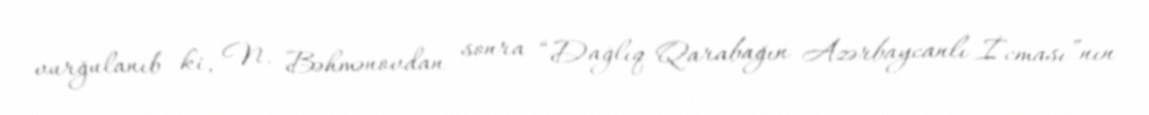
vurğulanıb ki, N. Bəhmənovdan sonra “Dağlıq Qarabağın Azərbaycanlı İcması”nın